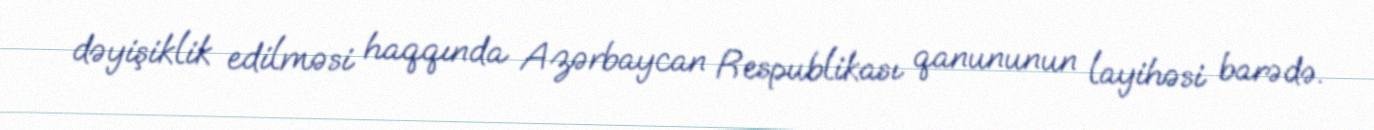
dəyişiklik edilməsi haqqında Azərbaycan Respublikası qanununun layihəsi barədə.